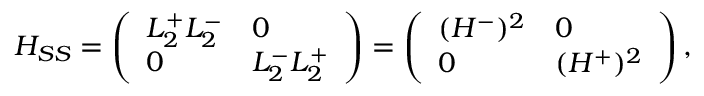
H _ { S S } = \left( \begin{array} { l l } { L _ { 2 } ^ { + } L _ { 2 } ^ { - } } & { 0 } \\ { 0 } & { L _ { 2 } ^ { - } L _ { 2 } ^ { + } } \end{array} \right) = \left( \begin{array} { l l } { ( H ^ { - } ) ^ { 2 } } & { 0 } \\ { 0 } & { ( H ^ { + } ) ^ { 2 } } \end{array} \right) ,